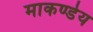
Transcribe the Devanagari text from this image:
माकण्डेय